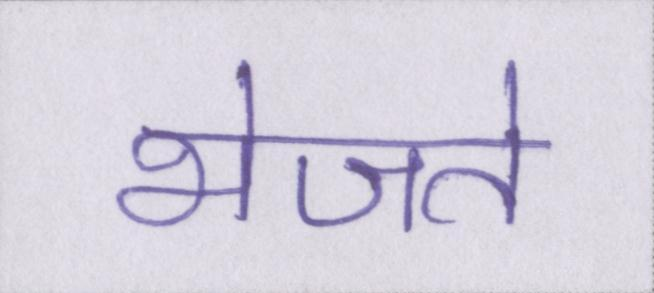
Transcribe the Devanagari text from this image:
भेजते